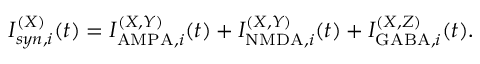
I _ { s y n , i } ^ { ( X ) } ( t ) = I _ { \mathrm { A M P A } , i } ^ { ( X , Y ) } ( t ) + I _ { \mathrm { N M D A } , i } ^ { ( X , Y ) } ( t ) + I _ { \mathrm { G A B A } , i } ^ { ( X , Z ) } ( t ) .